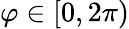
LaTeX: \varphi\in[0,2\pi)